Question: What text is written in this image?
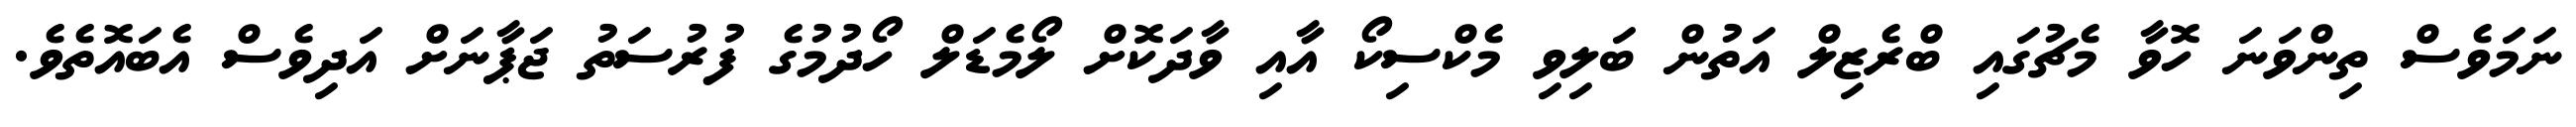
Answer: ނަމަވެސް ތިންވަނަ ހޮވާ މެޗުގައި ބްރެޒިލް އަތުން ބަލިވި މެކްސިކޯ އާއި ވާދަކޮށް ލޯމެޑަލް ހޯދުމުގެ ފުރުސަތު ޖަޕާނަށް އަދިވެސް އެބައޮތެވެ.